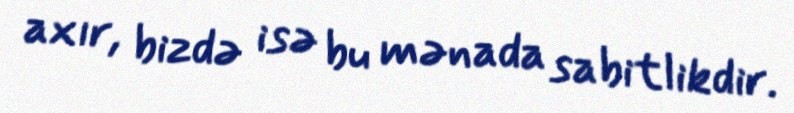
axır, bizdə isə bu mənada sabitlikdir.